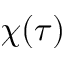
\chi ( \tau )